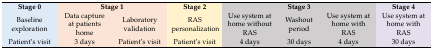
<table><thead><tr><td><b>Stage 0</b></td><td colspan="2"><b>Stage 1</b></td><td><b>Stage 2</b></td><td colspan="3"><b>Stage 3</b></td><td><b>Stage 4</b></td></tr></thead><tbody><tr><td>Baseline exploration</td><td>Data capture at patients home</td><td>Laboratory validation</td><td>RAS personalization</td><td>Use system at home without RAS</td><td>Washout period</td><td>Use system at home with RAS</td><td>Use system at home with RAS</td></tr><tr><td>Patient’s visit</td><td>3 days</td><td>Patient’s visit</td><td>Patient’s visit</td><td>4 days</td><td>30 days</td><td>4 days</td><td>30 days</td></tr></tbody></table>